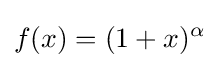
f(x)=(1+x)^{\alpha }